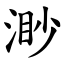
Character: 渺